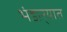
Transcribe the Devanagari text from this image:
भंडार्‍यात